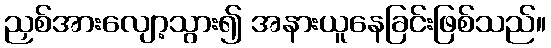
ညှစ်အားလျော့သွား၍ အနားယူနေခြင်းဖြစ်သည်။